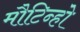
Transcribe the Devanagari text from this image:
मौटिन्हो